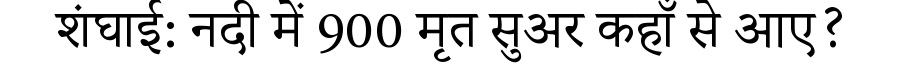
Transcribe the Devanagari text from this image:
शंघाई: नदी में 900 मृत सुअर कहाँ से आए?